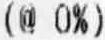
(@ 0%)